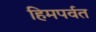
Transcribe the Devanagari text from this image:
हिमपर्वत